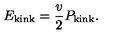
E _ { \mathrm { k i n k } } = \frac v 2 P _ { \mathrm { k i n k } } .